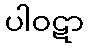
ပါဝဋာ